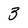
Character: 3